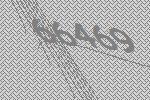
66469